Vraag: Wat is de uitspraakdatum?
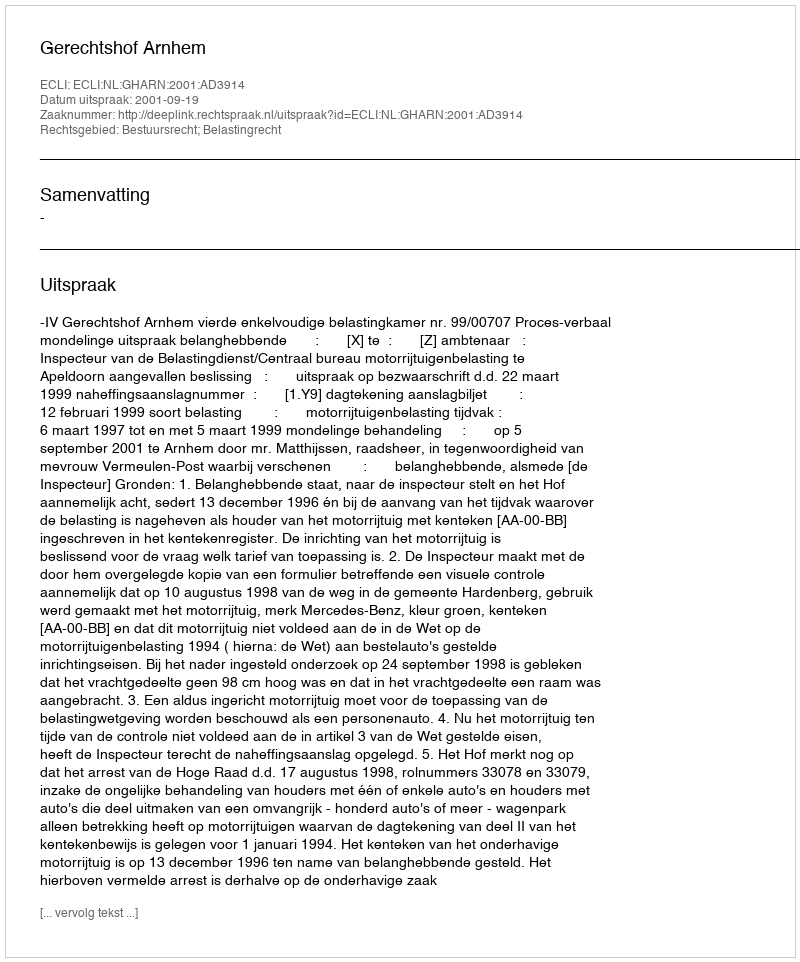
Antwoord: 2001-09-19